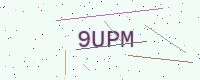
Text: 9UPM